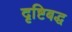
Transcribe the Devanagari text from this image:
दृष्टिबद्ध